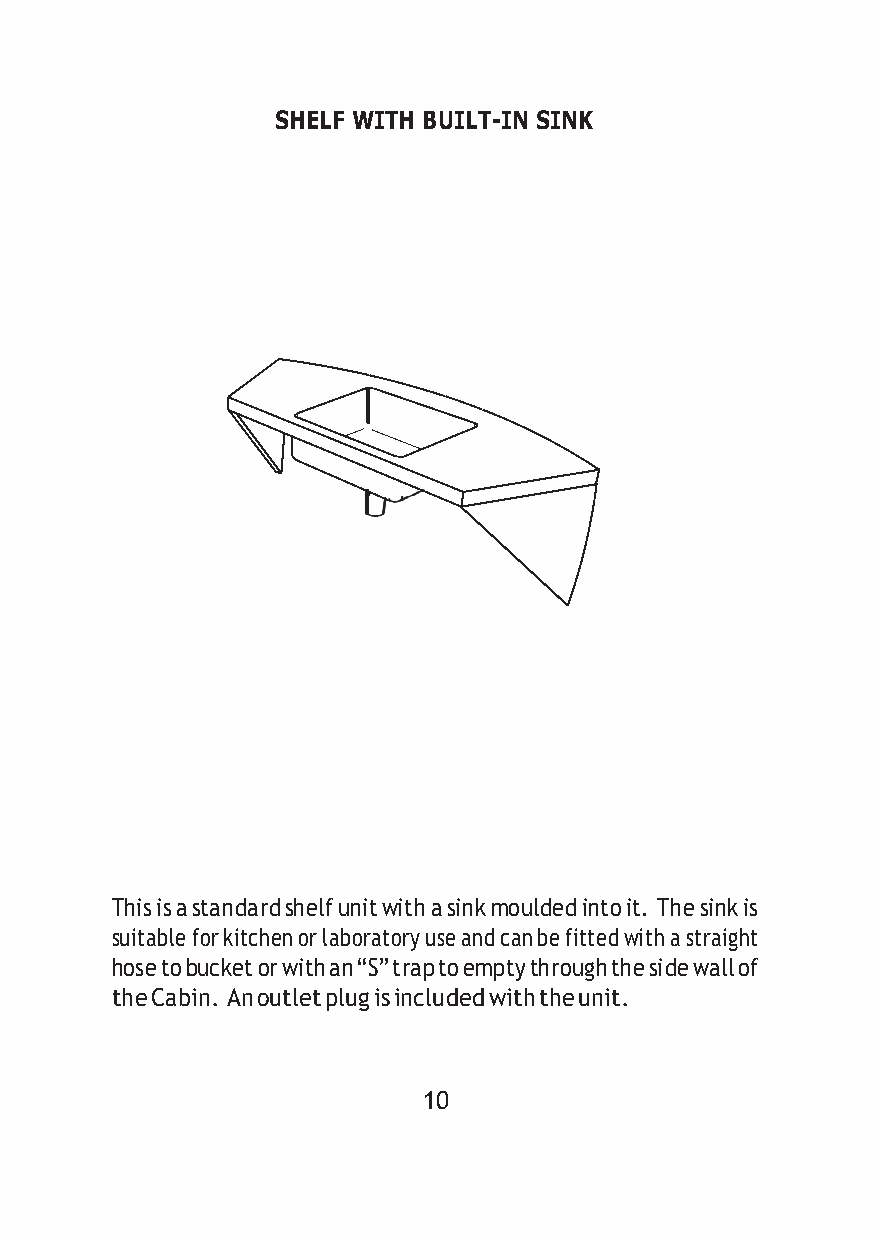
SHELF WITH BUILT-IN SINK
 This is a standard shelf unit with a sink moulded into it. The sink is
 suitable for kitchen or laboratory use and can be fitted with a straight
 hose to bucket or with an “S” trap to empty through the side wall of
 the Cabin. An outlet plug is included with the unit.
 10